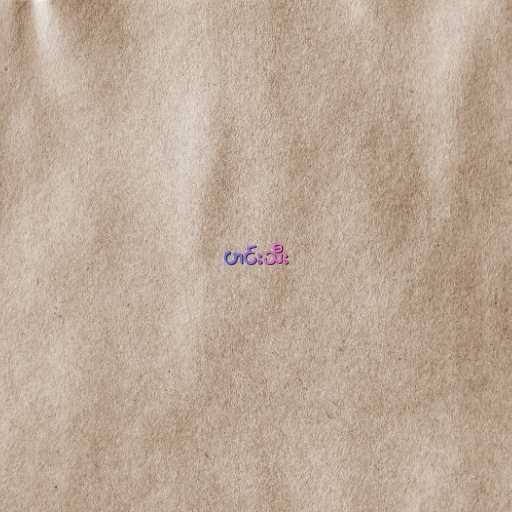
ဟင်းသီး